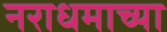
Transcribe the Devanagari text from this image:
नराधमाच्या